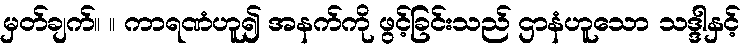
မှတ်ချက်။ ။ ကာရဏံဟူ၍ အနက်ကို ဖွင့်ခြင်းသည် ဌာနံဟူသော သဒ္ဒါနှင့်